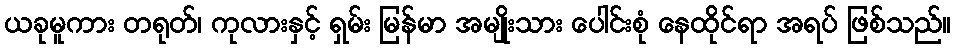
ယခုမူကား တရုတ်၊ ကုလားနှင့် ရှမ်း မြန်မာ အမျိုးသား ပေါင်းစုံ နေထိုင်ရာ အရပ် ဖြစ်သည်။